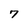
Character: 7